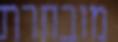
מובחרת